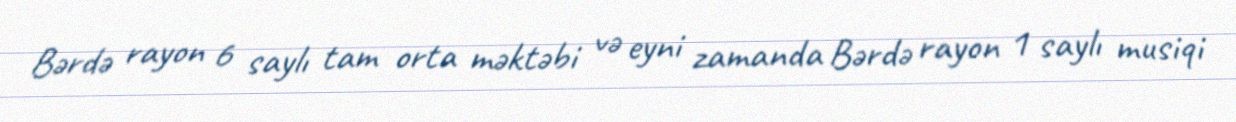
Bərdə rayon 6 saylı tam orta məktəbi və eyni zamanda Bərdə rayon 1 saylı musiqi